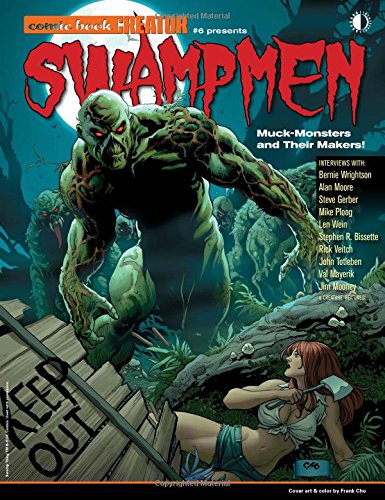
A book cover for Swampmen: Muck-Monsters and Their Makers (Comic Book Creator 2014); Comics & Graphic Novels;